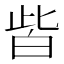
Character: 𤽤